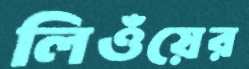
লিওঁয়ের